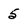
Character: 5